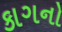
કાગનો